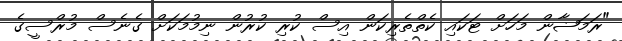
"ރަމަޟާން މަހަށް ޓަކައި ކެތްތެރިކަން އިސް ކުރި ކުރުން ނިމުމަކަށް ގެނެސް މުރްސީގެ